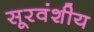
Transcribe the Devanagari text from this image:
सूरवंशीय